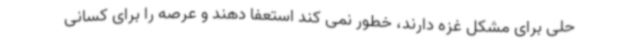
حلی برای مشکل غزه دارند، خطور نمی کند استعفا دهند و عرصه را برای کسانی